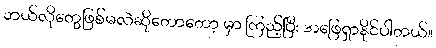
ဘယ်လိုတွေဖြစ်မလဲဆိုတောတော့ မှာ ကြည့်ပြီး အဖြေရှာနိုင်ပါတယ်။